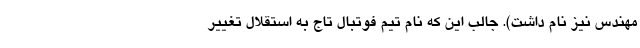
مهندس نیز نام داشت). جالب این که نام تیم فوتبال تاج به استقلال تغییر